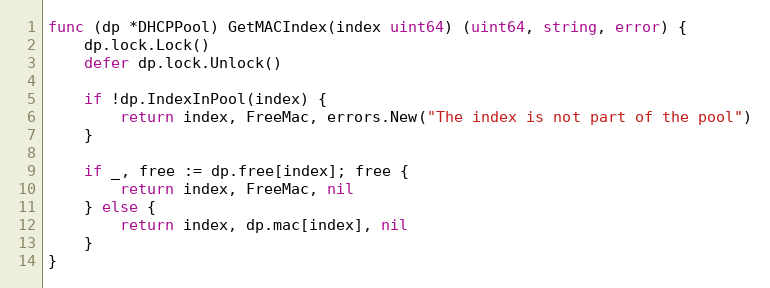
Language: Go
func (dp *DHCPPool) GetMACIndex(index uint64) (uint64, string, error) {
	dp.lock.Lock()
	defer dp.lock.Unlock()

	if !dp.IndexInPool(index) {
		return index, FreeMac, errors.New("The index is not part of the pool")
	}

	if _, free := dp.free[index]; free {
		return index, FreeMac, nil
	} else {
		return index, dp.mac[index], nil
	}
}